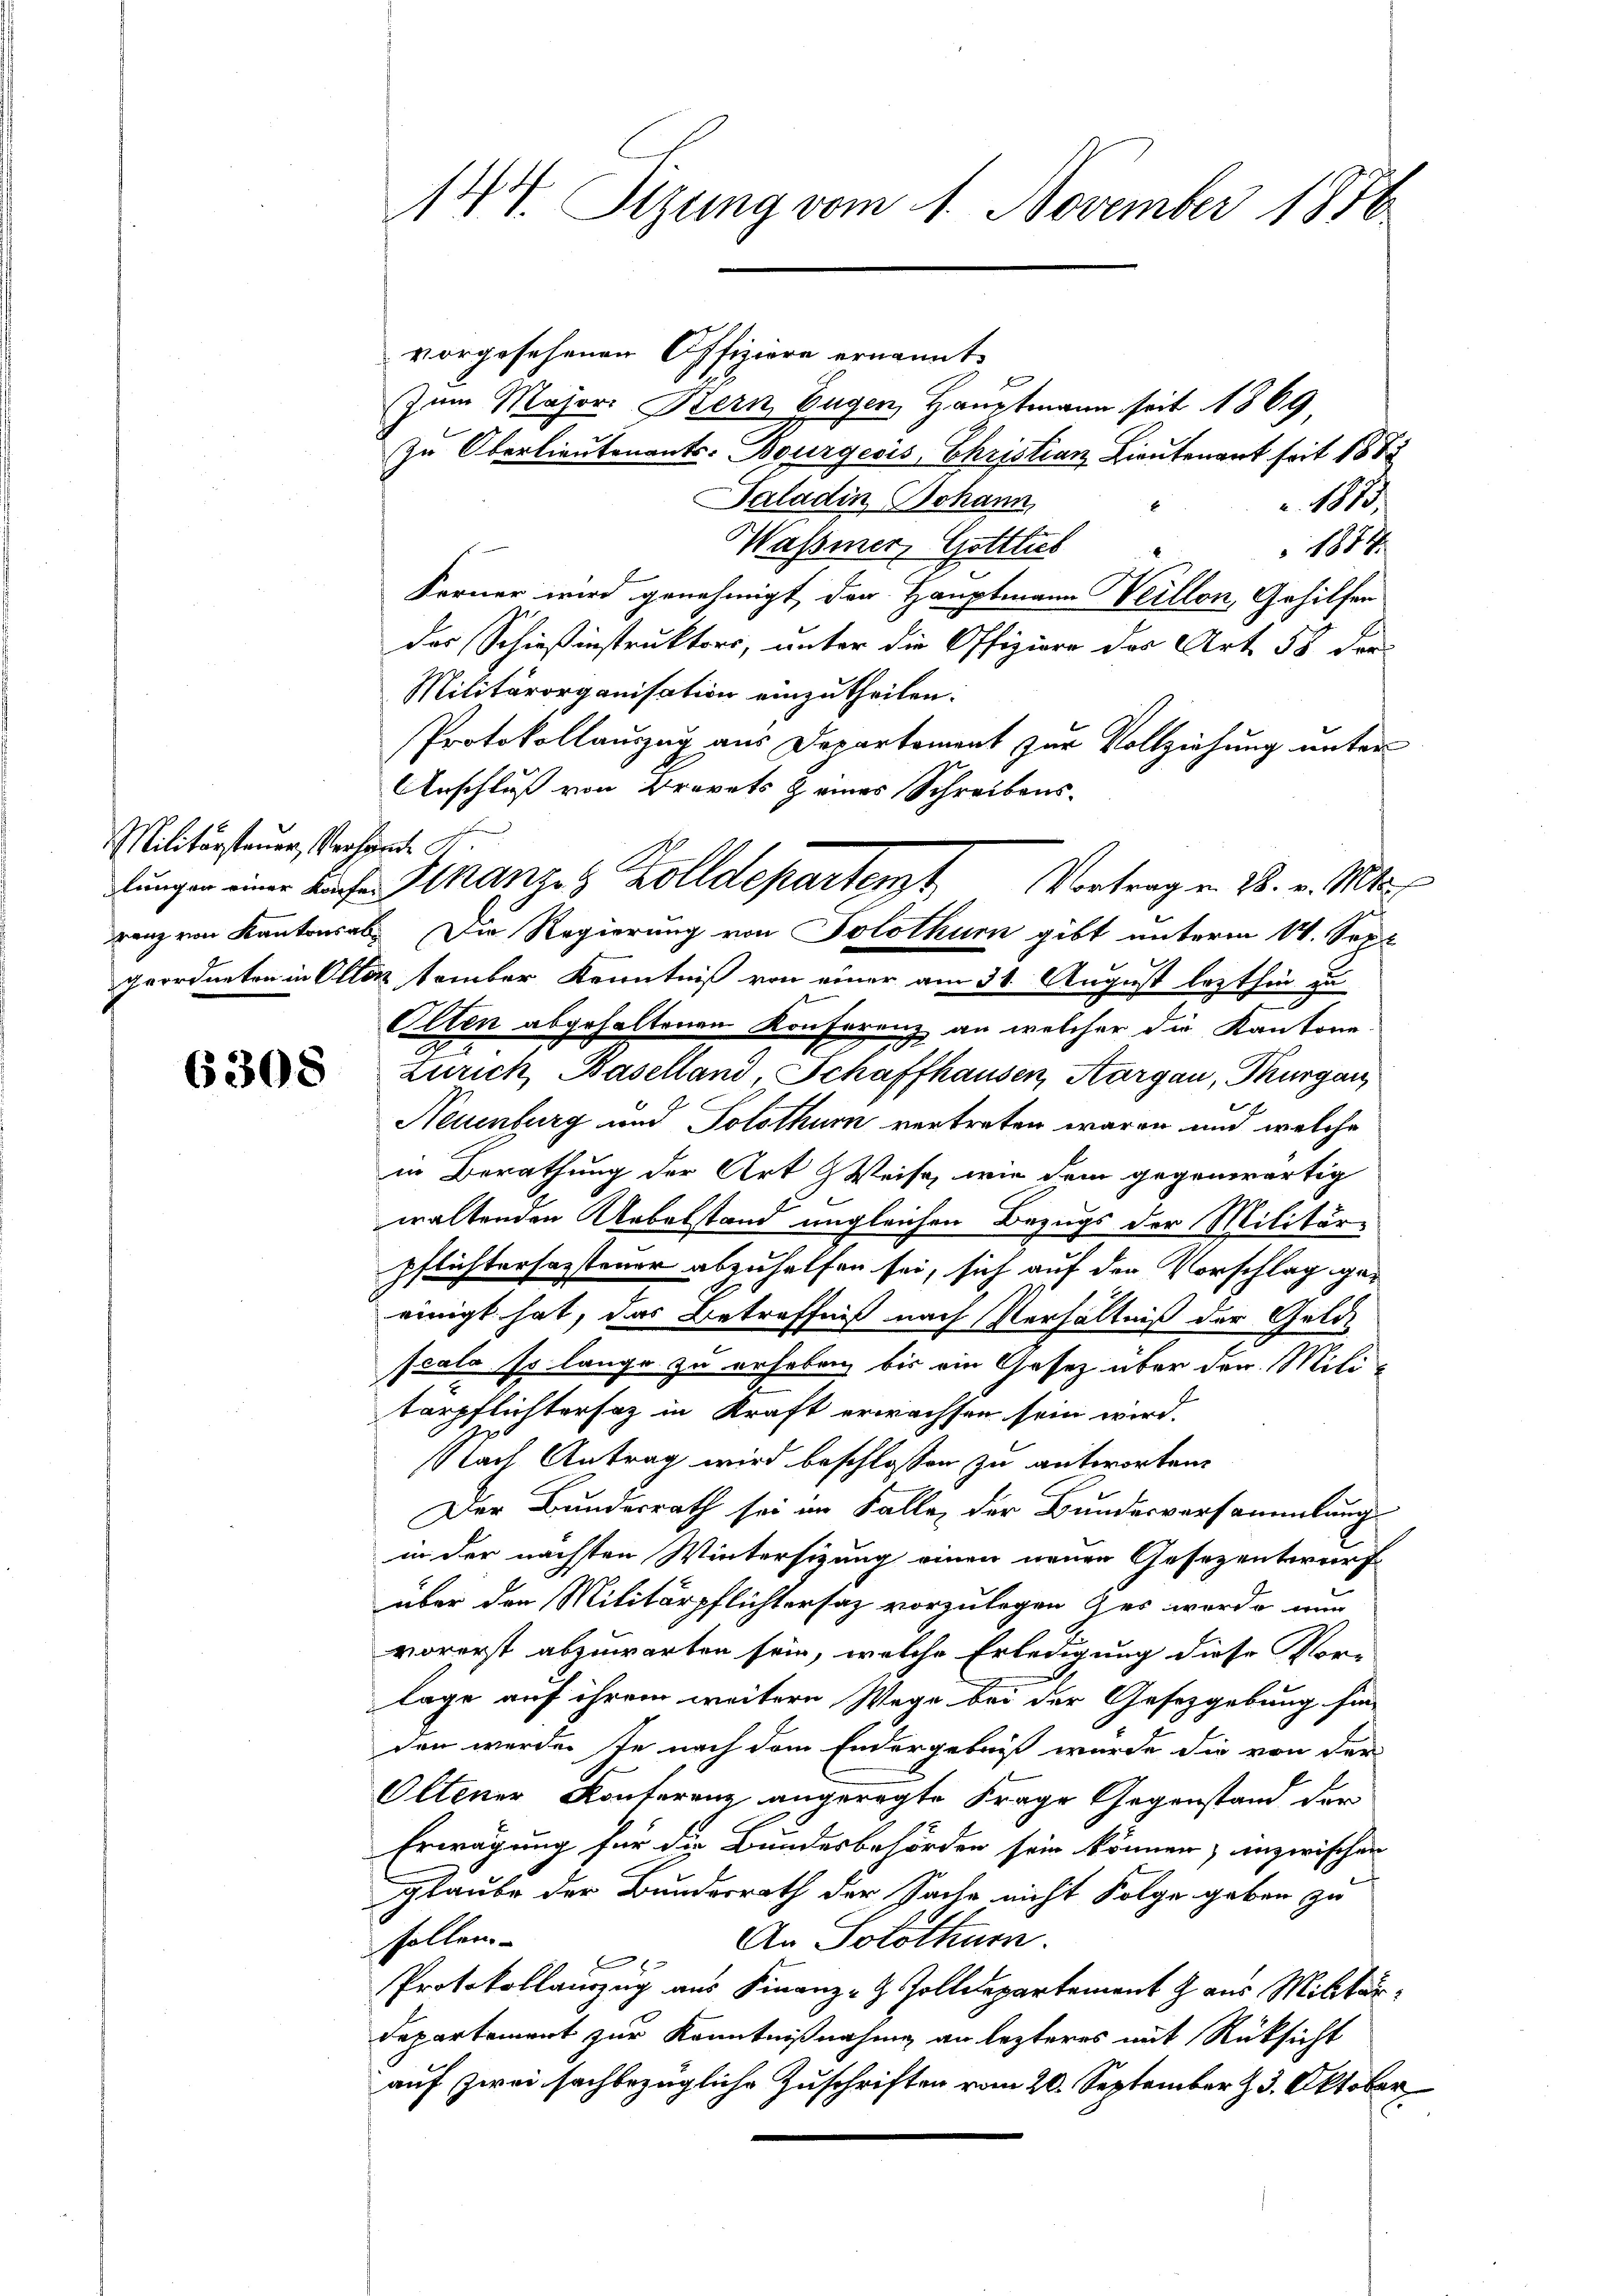
Militärstauer, Ver
lungen einer Konfe
ranz von Kantonsal
geordneten in Alle

6308

144. Sizung vom 1. November 1876

vorgesehenen Offiziere ernannt.
f
Zum Major Kern Eugen Hauptmann seit 1869
Zu Oberlieutenants. Bourgeois, Christian Lieutenant seit 1888
Saladin Johann
1873.
Wasmer, Gottlieb
1874
Ferner wird genehmigt der Hauptmann Veillon, Gehilfen
das Schießinstruktors, unter die Offiziere der Art. 58 der
Militärorganisation einzutheilen.
Protokollauszug aus Departement zur Vollziehung unter
Anschluß von Brevets eines Schreibens-

i tomber Kenntniß von einer am 31. August lezthin zu
Alten abgehaltenen Konferenz an welcher die Kantone
Zürich, Baselland, Schaffhausen, Aargau, Thurgau
Neuenburg und Solothur vertreten waren und welche
in Berathung der Art & Weise, wie dem gegenwärtig
waltenden Uebelstand ungleichen Bezugs der Militär-
pflichtersagstener abzuhelfen sei, sich auf den Vorschlag geeinigt hat, das Betreffniß nach Verhältniß der Geld-
scala so lange zu erheben, bis ein Gesetz über den Miti-
terpflichtersaz in Kraft erwachsen sein wird.
Nach Antrag wird beschlossen zu antworten.
Der Bundesrath sei im Falle, der Bundesversammlung
in der nächsten Wintersitzung einen neuen Gesezentwurf
über den Militärpflichtersatz vorzulegen Ges worde nur
vorerst abzuwarten sein, welche Erledigung diese Mor-
lage auf ihrem weitere Wege bei der Gesetzgebung fin-
den werden je nach dem Endergebniß wurde die von der
Oltener Konferenz angeregte Frage Gegenstand der
Erwägung für die Bundesbehörden sein können; inzwischen
glaube der Bundesrath der Sache nicht Folge geben zu
halten
An Solothurn.
Protokollauszug aus Finanz- & Zolldepartement J. aus Militär¬
Departement zur Kenntnißnahme an lezteres mit Rücksicht
auf zwei sachbezügliche Zuschriften vom 20. September z. 3. Oktober

Finanzes Zolldepartent Vertrage. 18. v. Mts.
2. Die Regierung von Solothurn gibt unterm 14. Sept